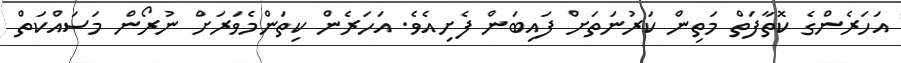
އަހަރެންގެ ކޮތާފަތް މަތިން ކަރުނަތަށް ފައިބަން ފެށިއެވެ. އަހަރެން ކިތަންމެވަރަށް ނުރޯން މަސައްކަތް